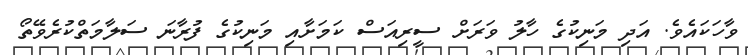
ވާހަކައެވެ. އަދި މަނިކުގެ ހާލު ވަރަށް ސީރިއަސް ކަމަށާއި މަނިކުގެ ފުރާނަ ސަލާމަތްކުރެވޭތޯ